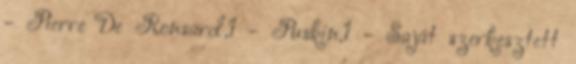
- Pierre De Ronsard,1 - Puskin,1 - Saját szerkesztett